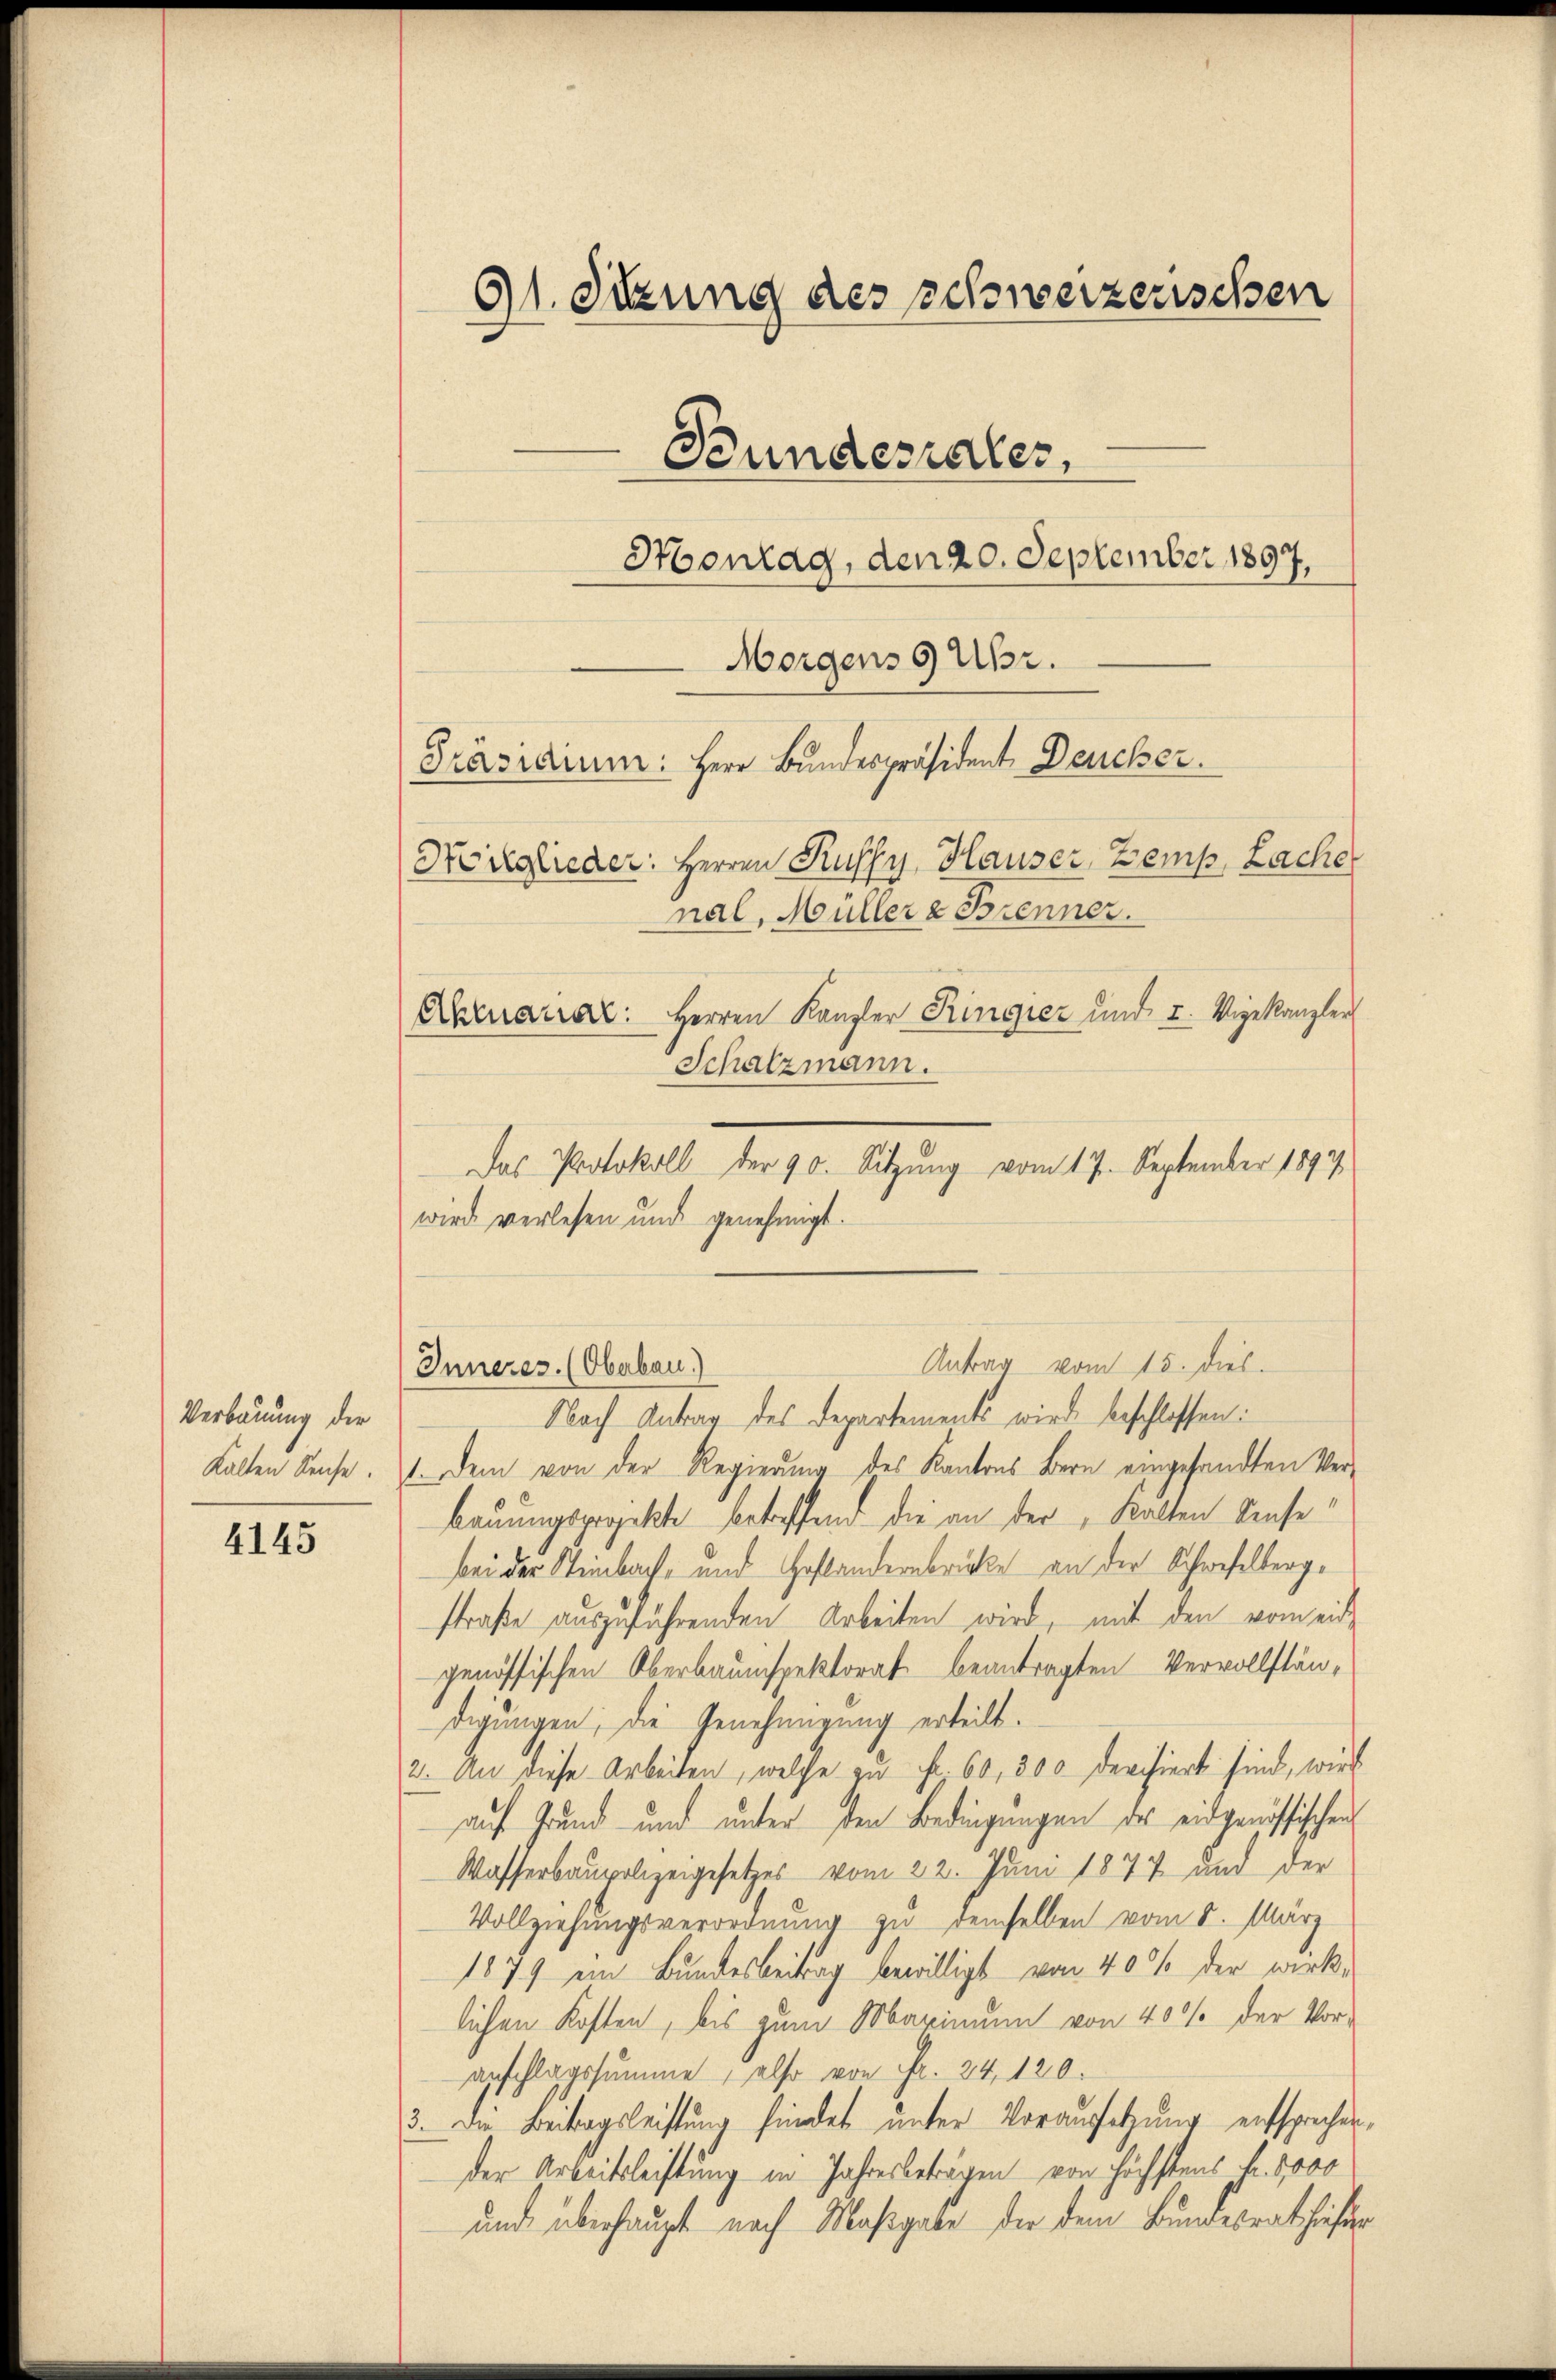
Verbauung der

4145

91. Sekung des schweizerischen
Bundesrater,
Hontag, den 20. September 1897,
Morgens 9 Uhr.
Präsidium: Herr Bundespräsident, Deucher.
Nörglieder: Herren Kuffy, Hauser, Zemp, Lacher
nal, Müller & Brenner.
Akenariar: Herren Kanzler Ringiez und I. Vigekanzler
Schatzmann.

Das Protokoll der 90. Sitzung vom 17. September 1897
wird verlesen und genehmigt.

Antrag vom 15. dies
Inneres. (Oberbau)

Nach Antrag des Departements wird beschlossen:
Kalten Reuse.  Dem von der Regierung des Kantons Bern eingesandten Ver-
Bauungsprojekte betreffend die an der Kalten Sense
bei der Steinbach- und Gestandersbrücke an der Schwefelbergstraße auszuführenden Arbeiten wird, mit den vom eidgenössischen Oberbauinspektorat beantragten Vervollständigungen, die Genehmigung erteilt.
2. An diese Arbeiten, welche zu Fr. 60, 300 devisiert sind, wird
auf Grund und unter den Bedingungen des eidgenössischen
Wasserbaupolizeigesetzes vom 22. Juni 1877 und der
Vollziehungsverordnung zu demselben vom 5. März
1879 ein Bundesbeitrag bewilligt von 40% der wirk-
lichen Kosten, bis zum Marinium von 400 der Voraeschlagssumme, also von Fr. 24. 120.
3. Die Beitragsleistung findet unter Vorausetzung entsprechen,
der Arbeitsleistung in Jahresbeträgen von höchstens Fr. 1000
und überhaupt nach Maßgabe der dem Bundesrat hiefür